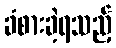
ခံစားခဲ့ရသည့်